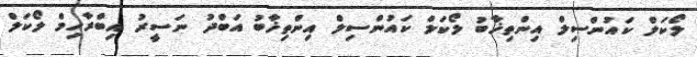
ލޯކަލް ކައުންސިލް އިންތިޚާބު ލޯކަލް ކައުންސިލް އިންތިޚާބު އަބްދު ނަސީރު އިބްރާހިމް ލޯކަލް